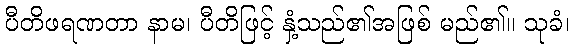
ပီတိဖရဏတာ နာမ၊ ပီတိဖြင့် နှံ့သည်၏အဖြစ် မည်၏။ သုခံ၊